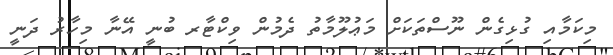
މިކަމާއި ގުޅިގެން ނޫސްތަކަށް މަޢުލޫމާތު ދެމުން ވިކްޓާރ ބުނީ އޭނާ މިހާރު ދަނީ